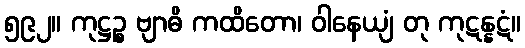
၅၉၂။ ကုဋ္ဌဉ္စ ဗျာဓိ ကထိတော၊ ဝါနေယျံ တု ကုဋန္နဋံ။